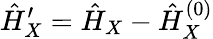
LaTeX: \hat{H}_{X}^{\prime}=\hat{H}_{X}-\hat{H}_{X}^{(0)}